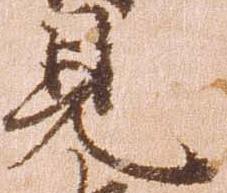
見